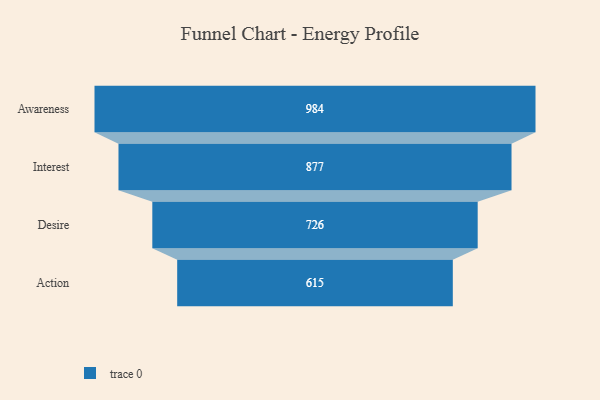
{"axis": {"x": "Stage", "y": "Value"}, "legend": [""], "data": [{"x": "Awareness", "y": 984.0, "type": ""}, {"x": "Interest", "y": 877.0, "type": ""}, {"x": "Desire", "y": 726.0, "type": ""}, {"x": "Action", "y": 615.0, "type": ""}]}